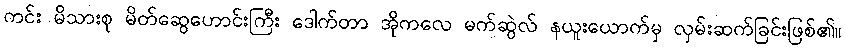
ကင်း မိသားစု မိတ်ဆွေဟောင်းကြီး ဒေါက်တာ အိုကလေ မက်ဆွဲလ် နယူးယောက်မှ လှမ်းဆက်ခြင်းဖြစ်၏။